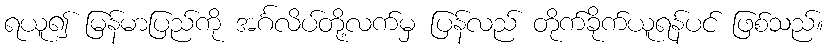
ရယူ၍ မြန်မာပြည်ကို အင်္ဂလိပ်တို့လက်မှ ပြန်လည် တိုက်ခိုက်ယူရန်ပင် ဖြစ်သည်။